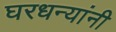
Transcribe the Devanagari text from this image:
घरधन्यांनी